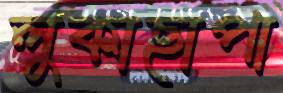
লুকাছাপা